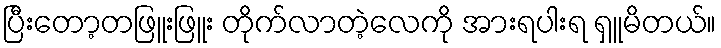
ပြီးတော့တဖြူးဖြူး တိုက်လာတဲ့လေကို အားရပါးရ ရှူမိတယ်။